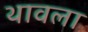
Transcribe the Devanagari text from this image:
थावला